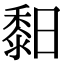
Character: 䵒